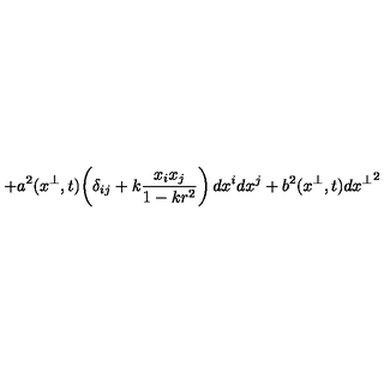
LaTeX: + a ^ { 2 } ( x ^ { \perp } , t ) \! \left( \delta _ { i j } + k \frac { x _ { i } x _ { j } } { 1 - k r ^ { 2 } } \right) d x ^ { i } d x ^ { j } + b ^ { 2 } ( x ^ { \perp } , t ) d { x ^ { \perp } } ^ { 2 }